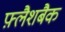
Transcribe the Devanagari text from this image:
फ़्लैशबैक